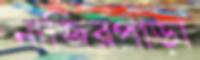
নাজিরপাড়া